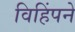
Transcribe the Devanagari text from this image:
विहिंपने